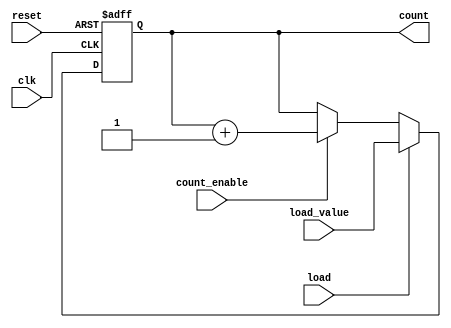
module async_load_counter (
    input wire clk,              // Clock signal
    input wire reset,            // Asynchronous reset signal
    input wire load,             // Load signal
    input wire count_enable,      // Count enable signal
    input wire [N-1:0] load_value, // Load input value
    output reg [N-1:0] count     // Counter output
);
    parameter N = 8;             // Width of the counter (number of bits)

    // Asynchronous reset and load logic
    always @(posedge clk or posedge reset) begin
        if (reset) begin
            count <= 0;          // Reset counter to 0
        end else if (load) begin
            count <= load_value; // Load the specified value
        end else if (count_enable) begin
            count <= count + 1;  // Increment the counter
        end
    end

endmodule